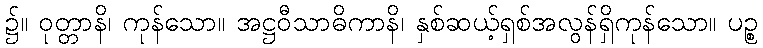
၌။ ဝုတ္တာနိ၊ ကုန်သော။ အဋ္ဌဝီသာဓိကာနိ၊ နှစ်ဆယ့်ရှစ်အလွန်ရှိကုန်သော။ ပဉ္စ